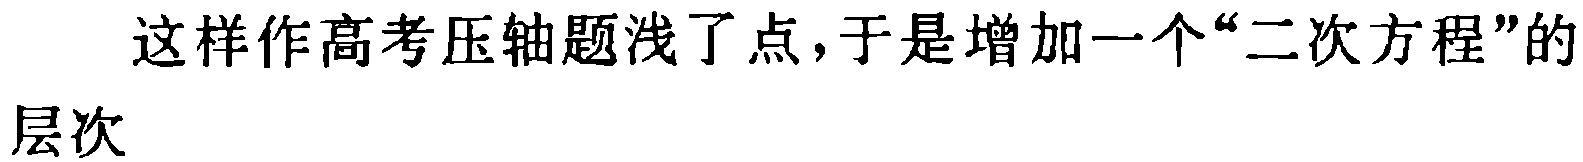
这样作高考压轴题浅了点,于是增加一个“二次方程”的层次